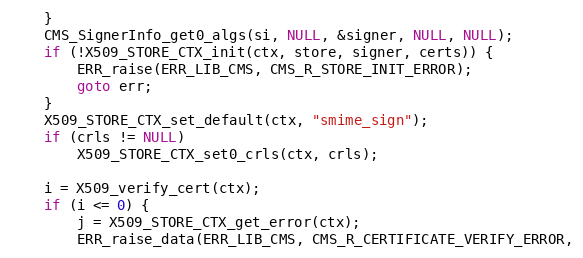
Language: C
    }
    CMS_SignerInfo_get0_algs(si, NULL, &signer, NULL, NULL);
    if (!X509_STORE_CTX_init(ctx, store, signer, certs)) {
        ERR_raise(ERR_LIB_CMS, CMS_R_STORE_INIT_ERROR);
        goto err;
    }
    X509_STORE_CTX_set_default(ctx, "smime_sign");
    if (crls != NULL)
        X509_STORE_CTX_set0_crls(ctx, crls);

    i = X509_verify_cert(ctx);
    if (i <= 0) {
        j = X509_STORE_CTX_get_error(ctx);
        ERR_raise_data(ERR_LIB_CMS, CMS_R_CERTIFICATE_VERIFY_ERROR,